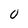
Character: 0